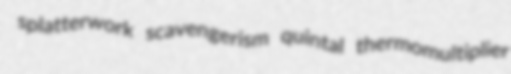
splatterwork scavengerism quintal thermomultiplier